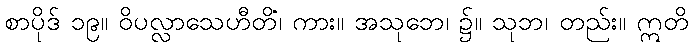
စာပိုဒ် ၁၉။ ဝိပလ္လာသေဟီတိ၊ ကား။ အသုဘေ၊ ၌။ သုဘံ၊ တည်း။ ဣတိ